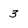
Character: 3